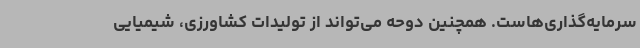
سرمایه‌گذاری‌هاست. همچنین دوحه می‌تواند از تولیدات کشاورزی، شیمیایی